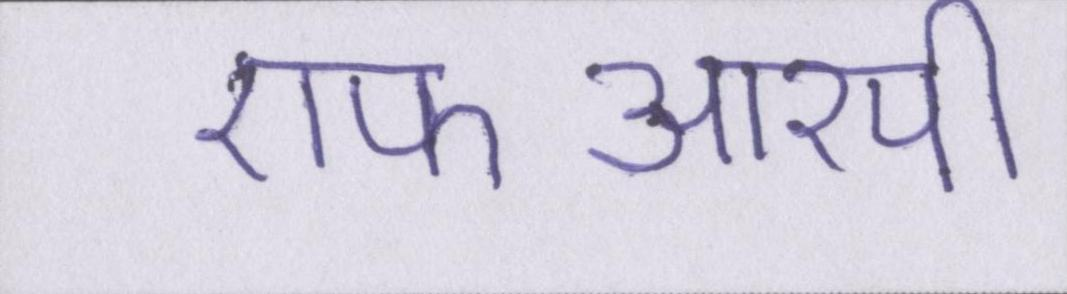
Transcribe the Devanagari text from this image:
एफआरपी